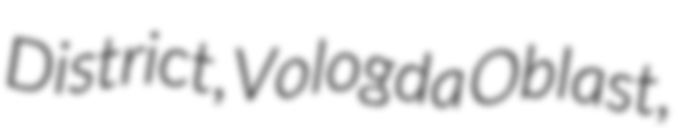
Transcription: District, Vologda Oblast,